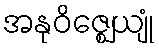
အနုဝိဇ္ဈေယျုံ